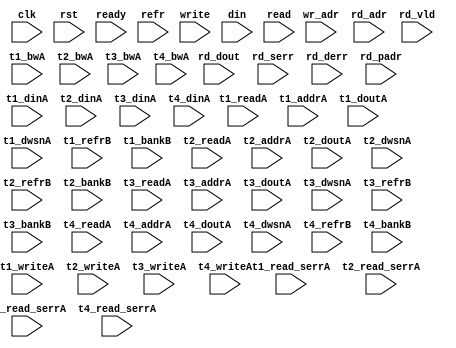
/*
 * Copyright (C) 2011 Memoir Systems Inc. These coded instructions, statements, and computer programs are
 * Confidential Proprietary Information of Memoir Systems Inc. and may not be disclosed to third parties
 * or copied in any form, in whole or in part, without the prior written consent of Memoir Systems Inc.
 *
 * */

module algo_4ror1w_a94_sva_wrap
#(parameter IP_WIDTH = 64, parameter IP_BITWIDTH = 5, parameter IP_DECCBITS = 8, parameter IP_NUMADDR = 8192, parameter IP_BITADDR = 13,
parameter IP_NUMVBNK = 4,	parameter IP_BITVBNK = 2, parameter IP_BITPBNK = 3,
parameter IP_ENAEXT = 0, parameter IP_ENAECC = 0, parameter IP_ENAPAR = 0, parameter IP_SECCBITS = 4, parameter IP_SECCDWIDTH = 3,
parameter FLOPECC = 0, parameter FLOPIN = 0, parameter FLOPOUT = 0, parameter FLOPCMD = 0, parameter FLOPMEM = 0,
parameter IP_REFRESH = 1, parameter IP_REFFREQ = 6,  parameter IP_REFFRHF = 0,

parameter T1_WIDTH = 64, parameter T1_NUMVBNK = 2, parameter T1_BITVBNK = 1, parameter T1_DELAY = 2, parameter T1_NUMVROW = 16384, parameter T1_BITVROW = 14,
parameter T1_BITWSPF = 0, parameter T1_NUMWRDS = 1, parameter T1_BITWRDS = 1, parameter T1_NUMSROW = 16384, parameter T1_BITSROW = 14, parameter T1_PHYWDTH = 64,
parameter T2_WIDTH = 64, parameter T2_NUMVBNK = 1, parameter T2_BITVBNK = 1, parameter T2_DELAY = 2, parameter T2_NUMVROW = 16384, parameter T2_BITVROW = 14,
parameter T2_BITWSPF = 0, parameter T2_NUMWRDS = 1, parameter T2_BITWRDS = 1, parameter T2_NUMSROW = 16384, parameter T2_BITSROW = 14, parameter T2_PHYWDTH = 64,

parameter T1_IP_WIDTH = 64, parameter T1_IP_BITWIDTH = 6, parameter T1_IP_NUMADDR = 16384, parameter T1_IP_BITADDR = 14, parameter T1_IP_NUMVBNK = 2, parameter T1_IP_BITVBNK = 1,
parameter T1_IP_SECCBITS = 4, parameter T1_IP_SECCDWIDTH = 2, parameter T1_FLOPIN = 0, parameter T1_FLOPOUT = 0, parameter T1_FLOPMEM = 0, parameter T1_FLOPECC = 0,
parameter T1_IP_REFRESH = 1, parameter T1_IP_REFFREQ = 24, parameter T1_IP_REFFRHF = 1, parameter T1_IP_BITPBNK = 2, parameter T1_IP_ENAECC = 0, parameter T1_IP_ENAPAR = 0,

parameter T1_T1_WIDTH = 64, parameter T1_T1_NUMVBNK = 2, parameter T1_T1_BITVBNK = 1, parameter T1_T1_DELAY = 2, parameter T1_T1_NUMVROW = 8192, parameter T1_T1_BITVROW = 13,
parameter T1_T1_BITWSPF = 0, parameter T1_T1_NUMWRDS = 1, parameter T1_T1_BITWRDS = 1, parameter T1_T1_NUMSROW = 8192, parameter T1_T1_BITSROW = 13, parameter T1_T1_PHYWDTH = 64,
parameter T1_T1_NUMRBNK = 2, parameter T1_T1_BITRBNK = 1, parameter T1_T1_NUMRROW = 256, parameter T1_T1_BITRROW = 8, parameter T1_T1_NUMPROW = 8192, parameter T1_T1_BITPROW = 13,
parameter T1_T1_BITDWSN = 8,
parameter T1_T1_NUMDWS0 = 0, parameter T1_T1_NUMDWS1 = 0, parameter T1_T1_NUMDWS2 = 0, parameter T1_T1_NUMDWS3 = 0,
parameter T1_T1_NUMDWS4 = 0, parameter T1_T1_NUMDWS5 = 0, parameter T1_T1_NUMDWS6 = 0, parameter T1_T1_NUMDWS7 = 0,
parameter T1_T1_NUMDWS8 = 0, parameter T1_T1_NUMDWS9 = 0, parameter T1_T1_NUMDWS10 = 0, parameter T1_T1_NUMDWS11 = 0,
parameter T1_T1_NUMDWS12 = 0, parameter T1_T1_NUMDWS13 = 0, parameter T1_T1_NUMDWS14 = 0, parameter T1_T1_NUMDWS15 = 0,

parameter T1_T2_WIDTH = 64, parameter T1_T2_NUMVBNK = 1, parameter T1_T2_BITVBNK = 1, parameter T1_T2_DELAY = 2, parameter T1_T2_NUMVROW = 8192, parameter T1_T2_BITVROW = 13,
parameter T1_T2_BITWSPF = 0, parameter T1_T2_NUMWRDS = 1, parameter T1_T2_BITWRDS = 1, parameter T1_T2_NUMSROW = 8192, parameter T1_T2_BITSROW = 13, parameter T1_T2_PHYWDTH = 64,
parameter T1_T2_NUMRBNK = 2, parameter T1_T2_BITRBNK = 1, parameter T1_T2_NUMRROW = 256, parameter T1_T2_BITRROW = 8, parameter T1_T2_NUMPROW = 8192, parameter T1_T2_BITPROW = 13,
//Not Declaring T1_T2 DWSN

parameter T2_IP_WIDTH = 64, parameter T2_IP_BITWIDTH = 6, parameter T2_IP_NUMADDR = 16384, parameter T2_IP_BITADDR = 14, parameter T2_IP_NUMVBNK = 2, parameter T2_IP_BITVBNK = 1,
parameter T2_IP_SECCBITS = 4, parameter T2_IP_SECCDWIDTH = 2, parameter T2_FLOPIN = 0, parameter T2_FLOPOUT = 0, parameter T2_FLOPMEM = 0, parameter T2_FLOPECC = 0,
parameter T2_IP_REFRESH = 1, parameter T2_IP_REFFREQ = 24, parameter T2_IP_REFFRHF = 1, parameter T2_IP_BITPBNK = 2, parameter T2_IP_ENAECC = 0, parameter T2_IP_ENAPAR = 0,

parameter T2_T1_WIDTH = 64, parameter T2_T1_NUMVBNK = 2, parameter T2_T1_BITVBNK = 1, parameter T2_T1_DELAY = 2, parameter T2_T1_NUMVROW = 8192, parameter T2_T1_BITVROW = 13,
parameter T2_T1_BITWSPF = 0, parameter T2_T1_NUMWRDS = 1, parameter T2_T1_BITWRDS = 1, parameter T2_T1_NUMSROW = 8192, parameter T2_T1_BITSROW = 13, parameter T2_T1_PHYWDTH = 64,
parameter T2_T1_NUMRBNK = 2, parameter T2_T1_BITRBNK = 1, parameter T2_T1_NUMRROW = 256, parameter T2_T1_BITRROW = 8, parameter T2_T1_NUMPROW = 8192, parameter T2_T1_BITPROW = 13,
//Not Declaring T2_T1 DWSN

parameter T2_T2_WIDTH = 64, parameter T2_T2_NUMVBNK = 1, parameter T2_T2_BITVBNK = 1, parameter T2_T2_DELAY = 2, parameter T2_T2_NUMVROW = 8192, parameter T2_T2_BITVROW = 13,
parameter T2_T2_BITWSPF = 0, parameter T2_T2_NUMWRDS = 1, parameter T2_T2_BITWRDS = 1, parameter T2_T2_NUMSROW = 8192, parameter T2_T2_BITSROW = 13, parameter T2_T2_PHYWDTH = 64,
parameter T2_T2_NUMRBNK = 2, parameter T2_T2_BITRBNK = 1, parameter T2_T2_NUMRROW = 256, parameter T2_T2_BITRROW = 8, parameter T2_T2_NUMPROW = 8192, parameter T2_T2_BITPROW = 13
//Not Declaring T2_T2 DWSN
)
( clk,  rst,  ready,  refr,
 write,  wr_adr,  din,
 read,  rd_adr,  rd_dout,  rd_vld,  rd_serr,  rd_derr,  rd_padr,
 t1_readA,  t1_writeA,  t1_addrA,  t1_dinA,  t1_bwA,  t1_doutA,  t1_read_serrA,  t1_dwsnA,
 t1_refrB,  t1_bankB,
 t2_readA,  t2_writeA,  t2_addrA,  t2_dinA,  t2_bwA,  t2_doutA,  t2_read_serrA,  t2_dwsnA,
 t2_refrB,  t2_bankB,
 t3_readA,  t3_writeA,  t3_addrA,  t3_dinA,  t3_bwA,  t3_doutA,  t3_read_serrA,  t3_dwsnA,
 t3_refrB,  t3_bankB,
 t4_readA,  t4_writeA,  t4_addrA,  t4_dinA,  t4_bwA,  t4_doutA,  t4_read_serrA,  t4_dwsnA,
 t4_refrB,  t4_bankB);


  parameter WIDTH = IP_WIDTH;
  parameter BITWDTH = IP_BITWIDTH;
  parameter ENAEXT = IP_ENAEXT;
  parameter ENAPAR = IP_ENAPAR;
  parameter ENAECC = IP_ENAECC;
  parameter ECCWDTH = IP_DECCBITS;
  parameter MEMWDTH = ENAEXT ? WIDTH : ENAPAR ? WIDTH+1 : ENAECC ? WIDTH+ECCWDTH : WIDTH;
  parameter NUMADDR = IP_NUMADDR;
  parameter BITADDR = IP_BITADDR;
  parameter NUMVROW1 = T1_NUMVROW;
  parameter BITVROW1 = T1_BITVROW;
  parameter NUMVBNK1 = IP_NUMVBNK;
  parameter BITVBNK1 = IP_BITVBNK;
  parameter BITPBNK1 = IP_BITPBNK;
  parameter FLOPIN1 = FLOPIN;
  parameter FLOPOUT1 = FLOPOUT;
  parameter NUMVROW2 = T1_T1_NUMVROW;
  parameter BITVROW2 = T1_T1_BITVROW;
  parameter NUMVBNK2 = T1_IP_NUMVBNK;
  parameter BITVBNK2 = T1_IP_BITVBNK;
  parameter BITPBNK2 = T1_IP_BITPBNK;
  parameter FLOPIN2 = 0;
  parameter FLOPOUT2 = 0;
  parameter NUMWRDS2 = T1_T1_NUMWRDS;      // ALIGN Parameters
  parameter BITWRDS2 = T1_T1_BITWRDS;
  parameter NUMSROW2 = T1_T1_NUMSROW;
  parameter BITSROW2 = T1_T1_BITSROW;
  parameter PHYWDTH2 = T1_T1_PHYWDTH;
  parameter REFRESH = IP_REFRESH;      // REFRESH Parameters
  parameter NUMRBNK = T1_T1_NUMRBNK;
  parameter BITWSPF = T1_T1_BITWSPF;
  parameter BITRBNK = T1_T1_BITRBNK;
  parameter REFLOPW = 0;
  parameter NUMRROW = T1_T1_NUMRROW;
  parameter BITRROW = T1_T1_BITRROW;
  parameter REFFREQ = IP_REFFREQ;
  parameter REFFRHF = IP_REFFRHF;

  parameter BITDWSN = T1_T1_BITDWSN;		//DWSN Parameters
  parameter NUMDWS0 = T1_T1_NUMDWS0;
  parameter NUMDWS1 = T1_T1_NUMDWS1;
  parameter NUMDWS2 = T1_T1_NUMDWS2;
  parameter NUMDWS3 = T1_T1_NUMDWS3;
  parameter NUMDWS4 = T1_T1_NUMDWS4;
  parameter NUMDWS5 = T1_T1_NUMDWS5;
  parameter NUMDWS6 = T1_T1_NUMDWS6;
  parameter NUMDWS7 = T1_T1_NUMDWS7;
  parameter NUMDWS8 = T1_T1_NUMDWS8;
  parameter NUMDWS9 = T1_T1_NUMDWS9;
  parameter NUMDWS10 = T1_T1_NUMDWS10;
  parameter NUMDWS11 = T1_T1_NUMDWS11;
  parameter NUMDWS12 = T1_T1_NUMDWS12;
  parameter NUMDWS13 = T1_T1_NUMDWS13;
  parameter NUMDWS14 = T1_T1_NUMDWS14;
  parameter NUMDWS15 = T1_T1_NUMDWS15;

  parameter SRAM_DELAY = T1_T1_DELAY;

  parameter BITPADR2 = BITPBNK2+BITSROW2+BITWRDS2;
  parameter BITPADR1 = BITPBNK1+BITPADR2+1;

  input                                refr;

  input                                write;
  input [BITADDR-1:0]                  wr_adr;
  input [WIDTH-1:0]                    din;

  input [4-1:0]                        read;
  input [4*BITADDR-1:0]                rd_adr;
  input [4-1:0]                       rd_vld;
  input [4*WIDTH-1:0]                 rd_dout;
  input [4-1:0]                       rd_serr;
  input [4-1:0]                       rd_derr;
  input [4*BITPADR1-1:0]              rd_padr;

  input                               ready;
  input                                clk, rst;

  input [NUMVBNK1*NUMVBNK2-1:0] t1_readA;
  input [NUMVBNK1*NUMVBNK2-1:0] t1_writeA;
  input [NUMVBNK1*NUMVBNK2*BITSROW2-1:0] t1_addrA;
  input [NUMVBNK1*NUMVBNK2*BITDWSN-1:0] t1_dwsnA;
  input [NUMVBNK1*NUMVBNK2*PHYWDTH2-1:0] t1_bwA;
  input [NUMVBNK1*NUMVBNK2*PHYWDTH2-1:0] t1_dinA;
  input [NUMVBNK1*NUMVBNK2*PHYWDTH2-1:0] t1_doutA;
  input [NUMVBNK1*NUMVBNK2-1:0] t1_read_serrA;
  input [NUMVBNK1*NUMVBNK2-1:0] t1_refrB;
  input [NUMVBNK1*NUMVBNK2*BITRBNK-1:0] t1_bankB;

  input [NUMVBNK1-1:0] t2_readA;
  input [NUMVBNK1-1:0] t2_writeA;
  input [NUMVBNK1*BITSROW2-1:0] t2_addrA;
  input [NUMVBNK1*BITDWSN-1:0] t2_dwsnA;
  input [NUMVBNK1*PHYWDTH2-1:0] t2_bwA;
  input [NUMVBNK1*PHYWDTH2-1:0] t2_dinA;
  input [NUMVBNK1*PHYWDTH2-1:0] t2_doutA;
  input [NUMVBNK1-1:0] t2_read_serrA;
  input [NUMVBNK1-1:0] t2_refrB;
  input [NUMVBNK1*BITRBNK-1:0] t2_bankB;

  input [NUMVBNK2-1:0] t3_readA;
  input [NUMVBNK2-1:0] t3_writeA;
  input [NUMVBNK2*BITSROW2-1:0] t3_addrA;
  input [NUMVBNK2*BITDWSN-1:0] t3_dwsnA;
  input [NUMVBNK2*PHYWDTH2-1:0] t3_bwA;
  input [NUMVBNK2*PHYWDTH2-1:0] t3_dinA;
  input [NUMVBNK2*PHYWDTH2-1:0] t3_doutA;
  input [NUMVBNK2-1:0] t3_read_serrA;
  input [NUMVBNK2-1:0] t3_refrB;
  input [NUMVBNK2*BITRBNK-1:0] t3_bankB;

  input [1-1:0] t4_readA;
  input [1-1:0] t4_writeA;
  input [1*BITSROW2-1:0] t4_addrA;
  input [1*BITDWSN-1:0] t4_dwsnA;
  input [1*PHYWDTH2-1:0] t4_bwA;
  input [1*PHYWDTH2-1:0] t4_dinA;
  input [1*PHYWDTH2-1:0] t4_doutA;
  input [1-1:0] t4_read_serrA;
  input [1-1:0] t4_refrB;
  input [1*BITRBNK-1:0] t4_bankB;

endmodule    //algo_4ror1w_a94_sva_wrap